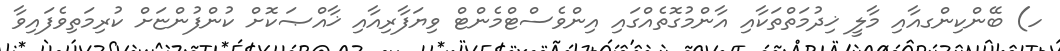
ހ) ބޭންކިންގއާއި މާލީ ޚިދުމަތްތަކާއި އާންމުގޮތެއްގައި އިންވެސްޓްމެންޓް ވިޔަފާރިއާއި ޚާއްޞަކޮށް ކުންފުންޏަށް ކުރިމަތިވެފައިވާ